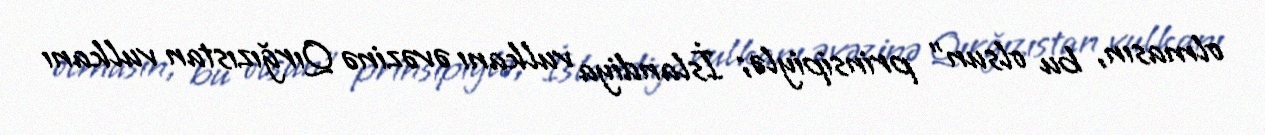
olmasın, bu olsun” prinsipiylə; İslandiya vulkanı əvəzinə Qırğızıstan vulkanı